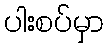
ပါးစပ်မှာ